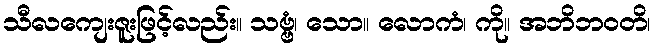
သီလကျေးဇူးဖြင့်လည်း။ သဗ္ဗံ၊ သော။ လောကံ၊ ကို။ အဘိဘဝတိ၊